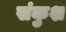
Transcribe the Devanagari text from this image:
संकुश